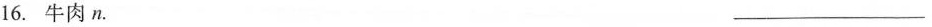
16.牛肉n. ___